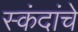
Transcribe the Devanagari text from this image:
स्कंदांचे